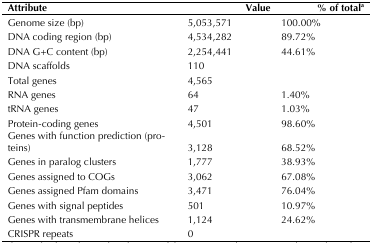
<table><thead><tr><td><b>Attribute</b></td><td><b>Value</b></td><td><b>% of Total<sup>a</sup></b></td></tr></thead><tbody><tr><td>Genome size (bp)</td><td>5,053,571</td><td>100.00%</td></tr><tr><td>DNA coding region (bp)</td><td>4,534,282</td><td>89.72%</td></tr><tr><td>DNA G+C content (bp)</td><td>2,254,441</td><td>44.61%</td></tr><tr><td>DNA scaffolds</td><td>110</td><td></td></tr><tr><td>Total genes</td><td>4,565</td><td></td></tr><tr><td>RNA genes</td><td>64</td><td>1.40%</td></tr><tr><td>tRNA genes</td><td>47</td><td>1.03%</td></tr><tr><td>Protein-coding genes</td><td>4,501</td><td>98.60%</td></tr><tr><td>Genes with function prediction (proteins)</td><td>3,128</td><td>68.52%</td></tr><tr><td>Genes in paralog clusters</td><td>1,777</td><td>38.93%</td></tr><tr><td>Genes assigned to COGs</td><td>3,062</td><td>67.08%</td></tr><tr><td>Genes assigned Pfam domains</td><td>3,471</td><td>76.04%</td></tr><tr><td>Genes with signal peptides</td><td>501</td><td>10.97%</td></tr><tr><td>Genes with transmembrane helices</td><td>1,124</td><td>24.62%</td></tr><tr><td>CRISPR repeats</td><td>0</td><td></td></tr></tbody></table>